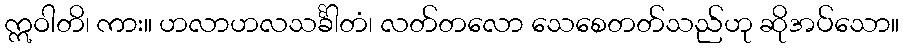
ဣဝါတိ၊ ကား။ ဟလာဟလသင်္ခါတံ၊ လတ်တလော သေစေတတ်သည်ဟု ဆိုအပ်သော။